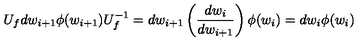
U _ { f } d w _ { i + 1 } \phi ( w _ { i + 1 } ) U _ { f } ^ { - 1 } = d w _ { i + 1 } \left( \frac { d w _ { i } } { d w _ { i + 1 } } \right) \phi ( w _ { i } ) = d w _ { i } \phi ( w _ { i } )